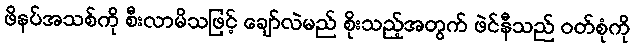
ဖိနပ်အသစ်ကို စီးလာမိသဖြင့် ချော်လဲမည် စိုးသည့်အတွက် ဖဲင်နီသည် ဝတ်စုံကို